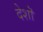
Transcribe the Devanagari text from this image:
देशॊ